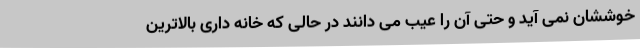
خوششان نمی آید و حتی آن را عیب می دانند در حالی که خانه داری بالاترین